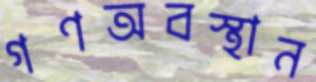
গণঅবস্থান